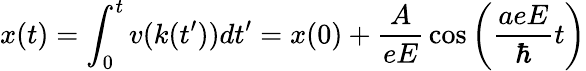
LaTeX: x(t)=\int_{0}^{t}{v(k(t^{\prime}))}{dt^{\prime}}=x(0)+{\frac{A}{eE}}\cos\left({{\frac{aeE}{\hbar}}t}\right)